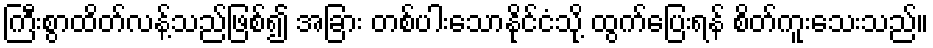
ကြီးစွာထိတ်လန့်သည်ဖြစ်၍ အခြား တစ်ပါးသောနိုင်ငံသို့ ထွက်ပြေးရန် စိတ်ကူးသေးသည်။